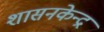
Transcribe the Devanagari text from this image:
शासनकेन्द्र